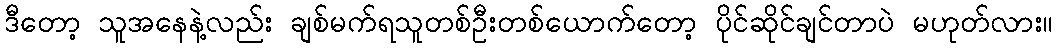
ဒီတော့ သူအနေနဲ့လည်း ချစ်မက်ရသူတစ်ဦးတစ်ယောက်တော့ ပိုင်ဆိုင်ချင်တာပဲ မဟုတ်လား။